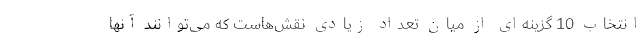
انتخاب 10 گزینه‌ای از میان تعداد زیادی نقش‌هاست که می‌توانند آنها